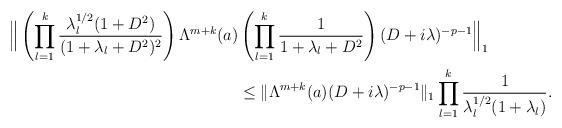
LaTeX: \begin{align*} \Big\|\left(\prod_{l=1}^k \frac{\lambda_l^{1/2}(1+D^2)}{(1+\lambda_l+D^2)^2}\right)\Lambda^{m+k}(a)&\left(\prod_{l=1}^k \frac{1}{1+\lambda_l+D^2}\right)(D+i\lambda)^{-p-1}\Big\|_1\\ &\leq \|\Lambda^{m+k}(a)(D+i\lambda)^{-p-1}\|_1\prod_{l=1}^k \frac{1}{\lambda_l^{1/2}(1+\lambda_l)}. \end{align*}